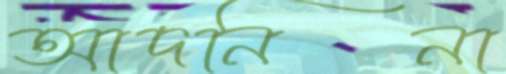
আদনিনা